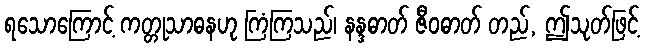
ရသောကြောင့် ကတ္တုသာဓနဟု ကြံကြသည်၊ နန္ဒဓာတ် ဇီဝဓာတ် တည်, ဤသုတ်ဖြင့်